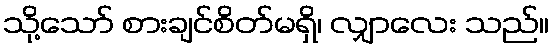
သို့သော် စားချင်စိတ်မရှိ၊ လျှာလေး သည်။